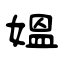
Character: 媪